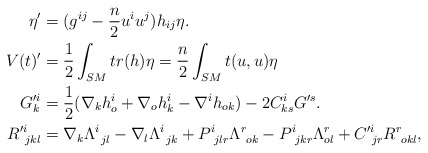
\begin{align*}\eta'&=(g^{ij}-\frac{n}{2}u^iu^j)h_{ij}\eta. \\V(t)'&=\frac{1}{2}\int_{SM}tr(h)\eta=\frac{n}{2}\int_{SM}t(u,u)\eta\\G'^i_k&=\frac{1}{2}(\nabla_kh^i_o+\nabla_oh^i_k-\nabla^ih_{ok})-2C^i_{ks}G'^s. \\R'^{i}_{~jkl}&=\nabla_k\Lambda^i_{~jl}-\nabla_l\Lambda^i_{~jk}+P^i_{~jlr}\Lambda^r_{~ok}-P^i_{~jkr}\Lambda^r_{ol}+C'^i_{~jr}R^r_{~okl},\end{align*}